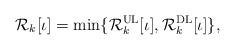
LaTeX: \begin{align*}\mathcal{R}_k[\iota] = \min\{\mathcal{R}^\mathrm{UL}_k[\iota], \mathcal{R}^\mathrm{DL}_k[\iota]\},\end{align*}